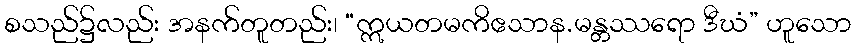
စသည်၌လည်း အနက်တူတည်း၊ “ဣယတမကိဧသာန.မန္တဿရော ဒီဃံ” ဟူသော